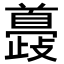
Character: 𩠮